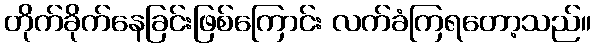
တိုက်ခိုက်နေခြင်းဖြစ်ကြောင်း လက်ခံကြရတော့သည်။